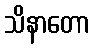
သိနာတော